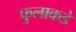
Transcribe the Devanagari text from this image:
फुलाकडे